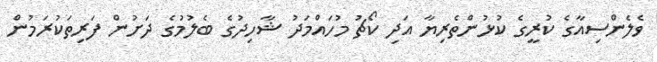
ވެލެންސިއާގެ ކުރީގެ ކުޅުންތެރިޔާ އަދި ކޯޗު މުހައްމަދު ޝާހިދުގެ ބެލުމުގެ ދަށުން ފަރިތަކުރަމުން